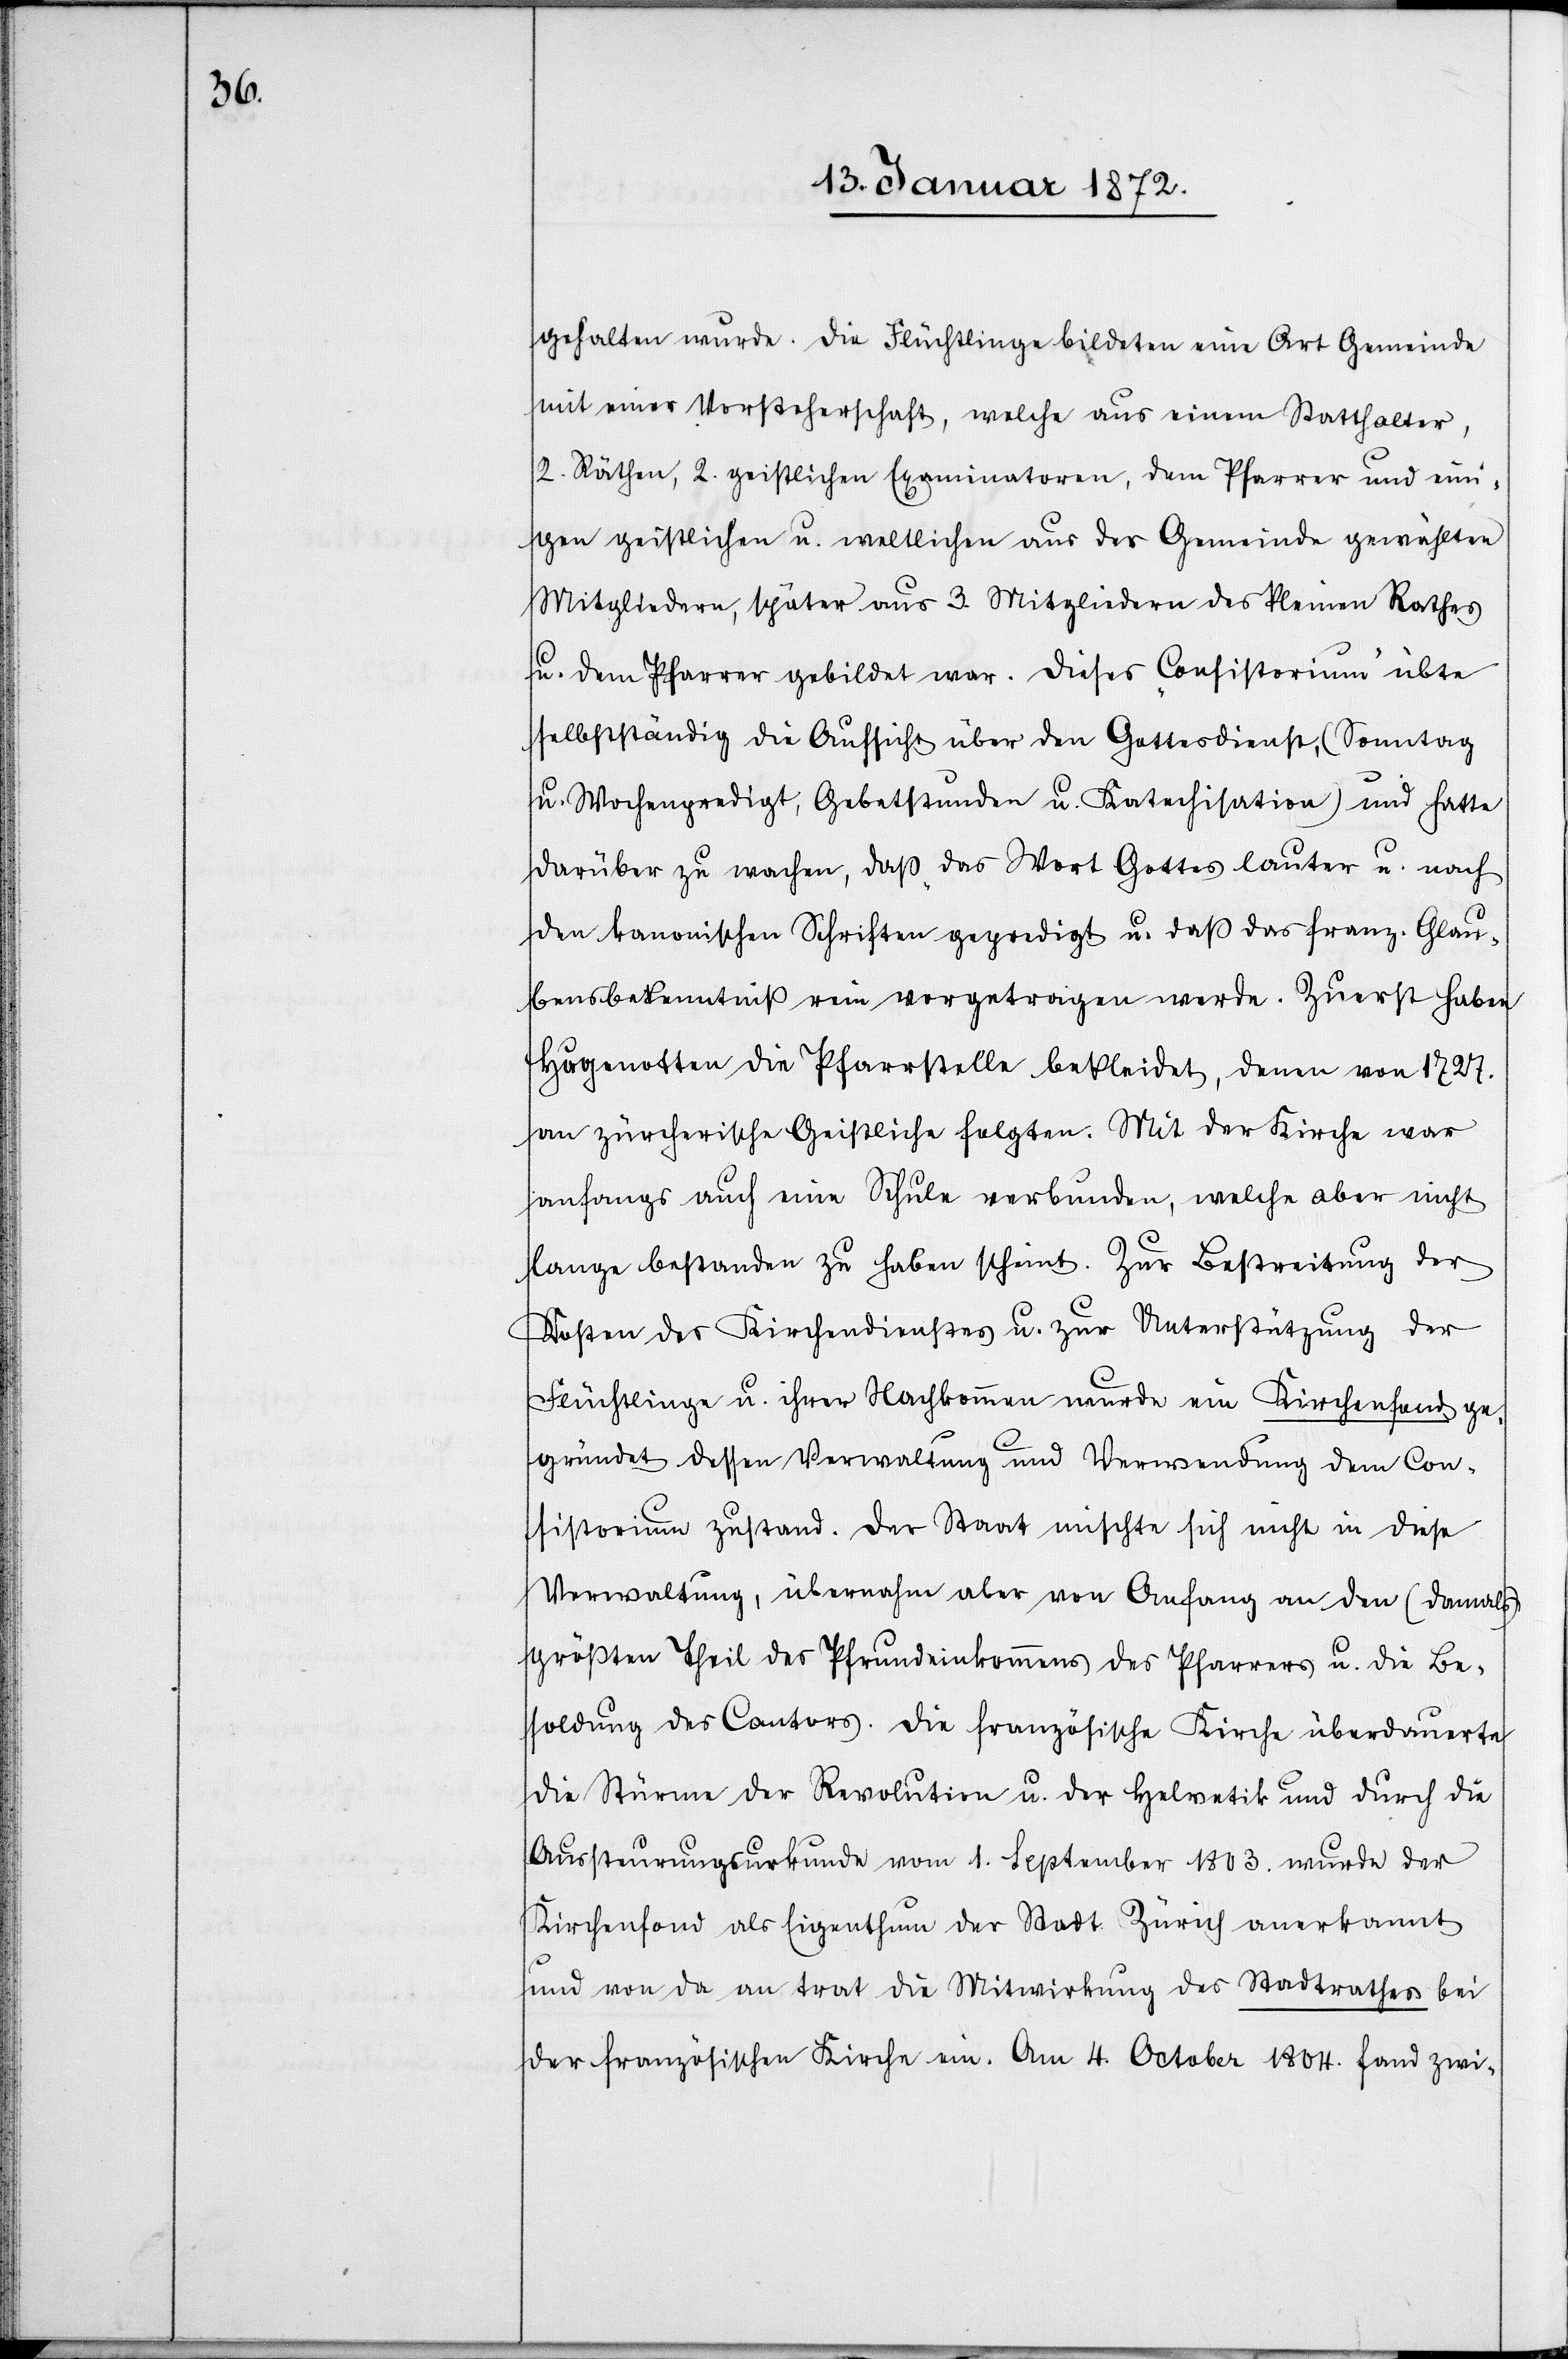
gehalten wurde. Die Flüchtlinge bildeten eine Art Gemeinde
mit einer Vorsteherschaft, welche aus einem Statthalter,
2. Räthen, 2. geistlichen Examinatoren, dem Pfarrer und eini¬
gen geistlichen u. weltlichen aus der Gemeinde gewählten
Mitgliedern, später aus 3. Mitgliedern des Kleinen Rathes
u. dem Pfarrer gebildet war. Dieses „Consistorium“ übte
selbstständig die Aufsicht über den Gottesdienst, (Sonntag
u. Wochenpredigt, Gebetstunde u. Katechisation) und hatte
darüber zu wachen, daß das Wort Gottes lauter u. nach
den kanonischen Schriften gepredigt u. daß das franz. Glau¬
bensbekenntniß rein vorgetragen werde. Zuerst haben
Hugenotten die Pfarrstelle bekleidet, denen von 1727.
an zürcherische Geistliche folgten. Mit der Kirche war
anfangs auch eine Schule verbunden, welche aber nicht
lange bestanden zu haben scheint. Zur Bestreitung der
Kosten des Kirchendienstes u. zur Unterstützung der
Flüchtlinge u. ihrer Nachkommen wurde ein Kirchenfond ge¬
gründet dessen Verwaltung und Verwendung dem Con¬
sistorium zustand. Der Staat mischte sich nicht in diese
Verwaltung, übernahm aber von Anfang an den (damals)
größten Theil des Pfrundeinkommens des Pfarrers u. die Be¬
soldung des Cantors. Die französische Kirche überdauerte
die Stürme der Revolution u. der Helvetik und durch die
Aussteurungsurkunde vom 1. September 1803. wurde der
Kirchenfond als Eigenthum der Stadt Zürich anerkannt
und von da an trat die Mitwirkung des Stadtrathes bei
der französischen Kirche ein. Am 4. October 1804. fand zwi-